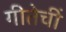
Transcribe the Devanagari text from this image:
गीतेचीं